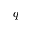
q